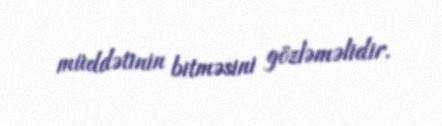
müddətinin bitməsini gözləməlidir.